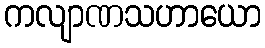
ကလျာဏသဟာယော